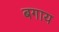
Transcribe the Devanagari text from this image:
बगाय